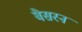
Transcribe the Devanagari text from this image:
बैसरन